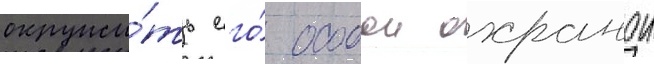
окружи́ть его́ особои охранои